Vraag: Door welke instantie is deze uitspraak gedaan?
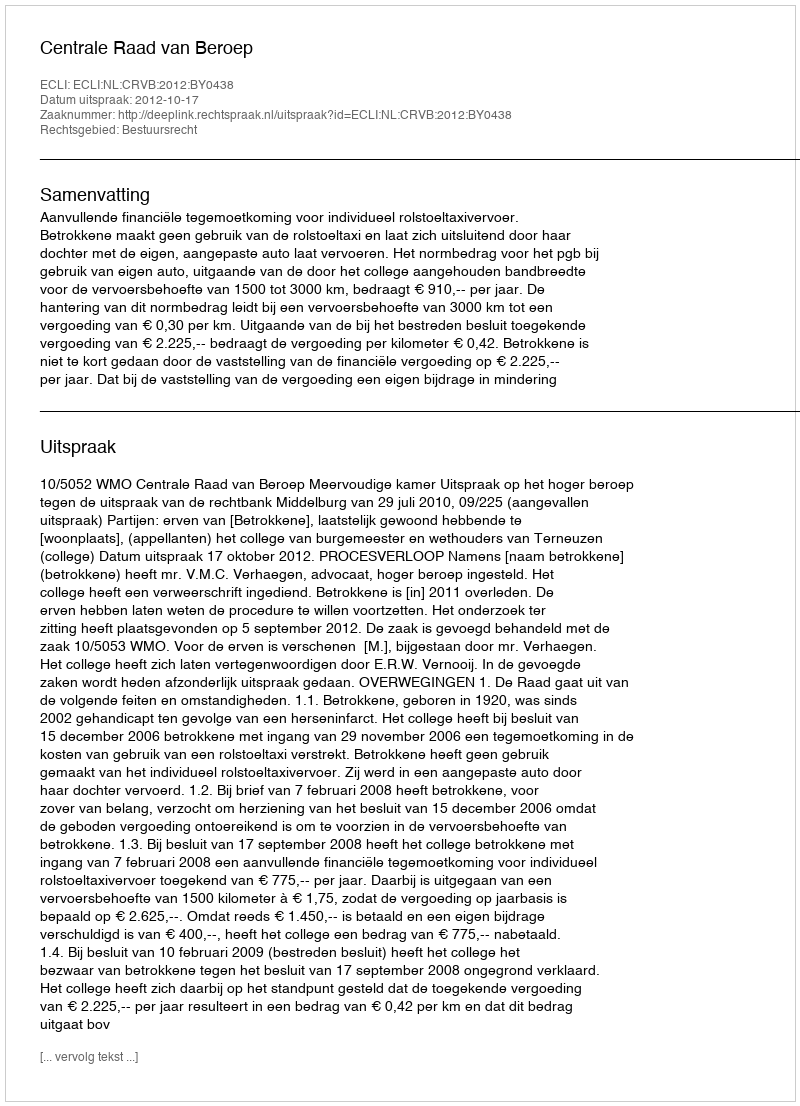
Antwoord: Centrale Raad van Beroep